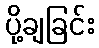
ပို့ချခြင်း